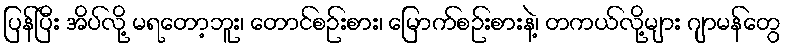
ပြန်ပြီး အိပ်လို့ မရတော့ဘူး၊ တောင်စဉ်းစား၊ မြောက်စဉ်းစားနဲ့၊ တကယ်လို့များ ဂျာမန်တွေ